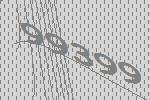
99399